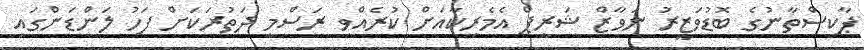
ޕާކިސްތާނުގެ ބޮޑުވަޒީރު ނަވާޒް ޝަރީޕް އެމެރިކާއަށް ކުރެއްވި ރަސްމީ ދަތުރަކަށް ފަހު ލަންޑަންގައި